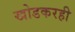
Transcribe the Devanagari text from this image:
खोडकरही